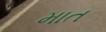
માત